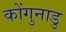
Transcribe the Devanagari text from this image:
कोंगुनाडु